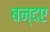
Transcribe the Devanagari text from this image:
बन्दए